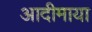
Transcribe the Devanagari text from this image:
आदीमाया